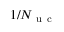
1 / N _ { \mathrm { ~ u ~ c ~ } }